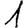
Digit: 1